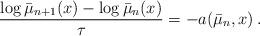
LaTeX: \begin{align*}\frac{\log \bar{\mu}_{n+1}(x) - \log \bar{\mu}_n(x)}{\tau} = - a(\bar{\mu}_{n},x) \,.\end{align*}